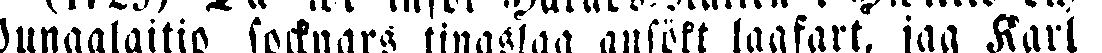
Pungalaitio socknars tingslag ansökt lagfart, jag Karl